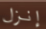
إنزل